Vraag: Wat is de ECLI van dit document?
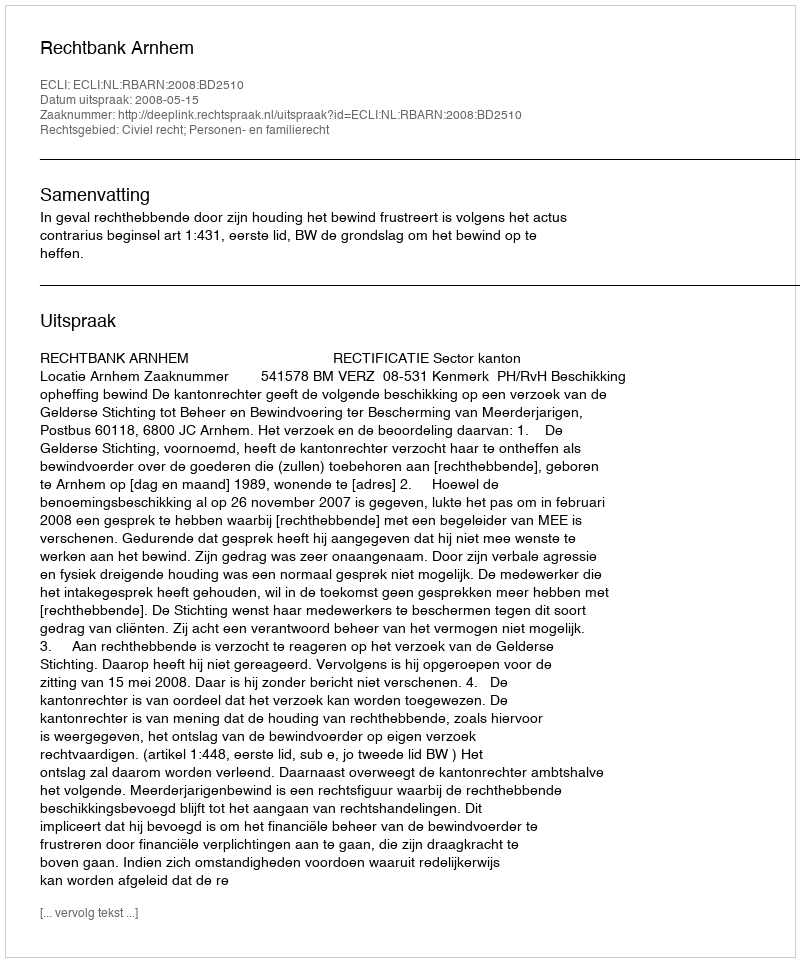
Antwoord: ECLI:NL:RBARN:2008:BD2510